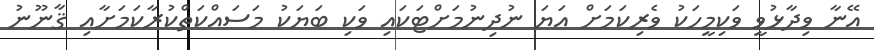
އޭނާ ވިދާޅުވީ ވަކިމީހަކު ވެރިކަމަށް އަޔަ ނުދިނުމަށްޓަކައި ވަކި ބަޔަކު މަސައްކަތްކުރާކަމަށާއި ޤާނޫނު